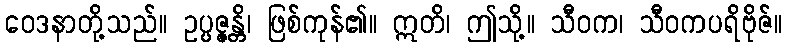
ဝေဒနာတို့သည်။ ဥပ္ပဇ္ဇန္တိ၊ ဖြစ်ကုန်၏။ ဣတိ၊ ဤသို့။ သီဝက၊ သီဝကပရိဗိုဇ်။